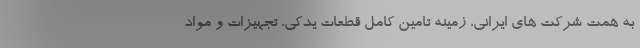
به همت شرکت های ایرانی، زمینه تامین کامل قطعات یدکی، تجهیزات و مواد